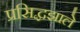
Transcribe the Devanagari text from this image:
प्रसिद्धझाले